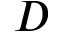
D